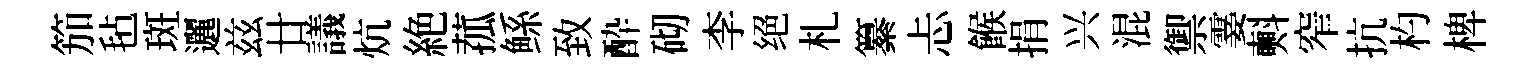
笳毡斑邐兹廿議炕絶菰鲧致酔砌李绝札纂忐餱捐兴混禦霎㪺窄抗杓椑